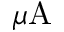
\mu \mathrm { A }